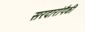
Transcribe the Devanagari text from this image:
सरदारांपैकी